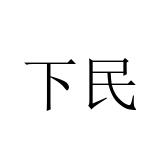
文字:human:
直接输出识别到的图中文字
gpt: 下民